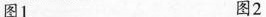
图1 图2